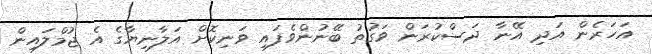
އަހަރެން އަދި އޭނާ ދަސްކުރަން ވަގުތު ބޭނުންވެފައި ވަނިކޮށް އަލާނިޔާގެ އެ ޖުމްލައިން